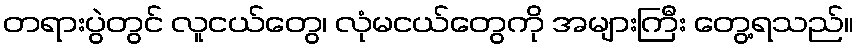
တရားပွဲတွင် လူငယ်တွေ၊ လုံမငယ်တွေကို အများကြီး တွေ့ရသည်။